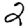
Digit: 2